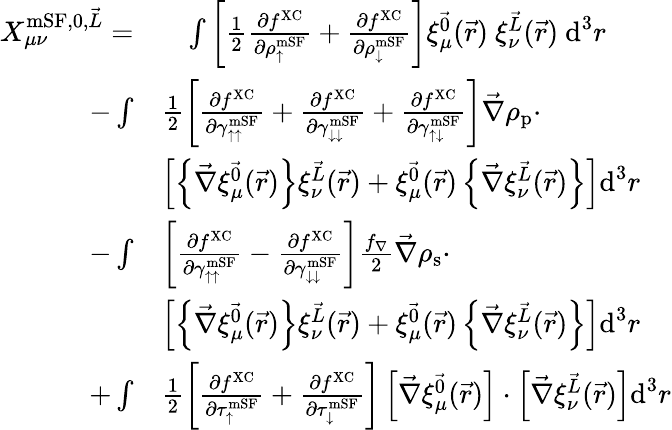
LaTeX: \begin{array}{rl}{X_{\mu\nu}^{\textrm{mSF},0,\vec{L}}=}&{\phantom{+}\int\left[\frac{1}{2}\frac{\partial f^{\mathrm{XC}}}{\partial\rho_{\uparrow}^{\textrm{mSF}}}+\frac{\partial f^{\mathrm{XC}}}{\partial\rho_{\downarrow}^{\textrm{mSF}}}\right]\xi_{\mu}^{\vec{0}}(\vec{r})~\xi_{\nu}^{\vec{L}}(\vec{r})~\textrm{d}^{3}r}\\ {-\int}&{\frac{1}{2}\left[\frac{\partial f^{\mathrm{XC}}}{\partial\gamma_{\uparrow\uparrow}^{\textrm{mSF}}}+\frac{\partial f^{\mathrm{XC}}}{\partial\gamma_{\downarrow\downarrow}^{\textrm{mSF}}}+\frac{\partial f^{\mathrm{XC}}}{\partial\gamma_{\uparrow\downarrow}^{\textrm{mSF}}}\right]\vec{\nabla}\rho_{\textrm{p}}\cdot}\\ &{\left[\left\{ \vec{\nabla}\xi_{\mu}^{\vec{0}}(\vec{r})\right\} \xi_{\nu}^{\vec{L}}(\vec{r})+\xi_{\mu}^{\vec{0}}(\vec{r})\left\{ \vec{\nabla}\xi_{\nu}^{\vec{L}}(\vec{r})\right\} \right]\textrm{d}^{3}r}\\ {-\int}&{\left[\frac{\partial f^{\mathrm{XC}}}{\partial\gamma_{\uparrow\uparrow}^{\textrm{mSF}}}-\frac{\partial f^{\mathrm{XC}}}{\partial\gamma_{\downarrow\downarrow}^{\textrm{mSF}}}\right]\frac{f_{\nabla}}{2}\vec{\nabla}\rho_{\textrm{s}}\cdot}\\ &{\left[\left\{ \vec{\nabla}\xi_{\mu}^{\vec{0}}(\vec{r})\right\} \xi_{\nu}^{\vec{L}}(\vec{r})+\xi_{\mu}^{\vec{0}}(\vec{r})\left\{ \vec{\nabla}\xi_{\nu}^{\vec{L}}(\vec{r})\right\} \right]\textrm{d}^{3}r}\\ {+\int}&{\frac{1}{2}\left[\frac{\partial f^{\mathrm{XC}}}{\partial\tau_{\uparrow}^{\textrm{mSF}}}+\frac{\partial f^{\mathrm{XC}}}{\partial\tau_{\downarrow}^{\textrm{mSF}}}\right]\left[\vec{\nabla}\xi_{\mu}^{\vec{0}}(\vec{r})\right]\cdot\left[\vec{\nabla}\xi_{\nu}^{\vec{L}}(\vec{r})\right]\textrm{d}^{3}r}\end{array}